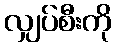
လျှပ်စီးကို